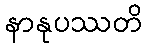
နာနုပဿတိ